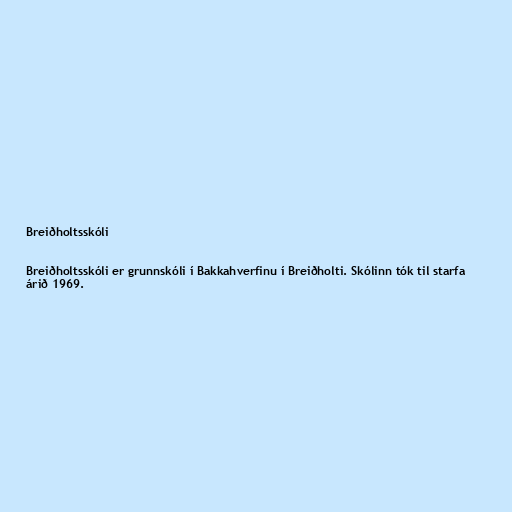
Breiðholtsskóli

Breiðholtsskóli er grunnskóli í Bakkahverfinu í Breiðholti. Skólinn tók til starfa
árið 1969.